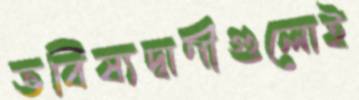
ভবিষ্যদ্বাণীগুলোই